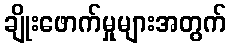
ချိုးဖောက်မှုများအတွက်